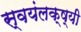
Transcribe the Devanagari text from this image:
स्वयंलक्ष्यी